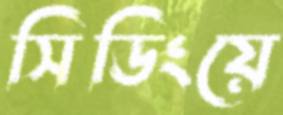
সিডিংয়ে